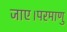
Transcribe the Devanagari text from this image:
जाए।परमाणु